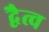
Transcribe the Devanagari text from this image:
द्वैत्व